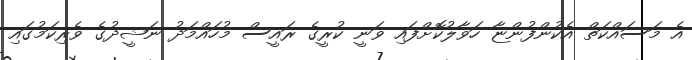
އެ މަސައްކަތް އެކުންފުންޏާ ހަވާލުކޮށްފައި ވަނީ ކުރީގެ ރައީސް މުހައްމަދު ނަޝީދުގެ ވެރިކަމުގައި